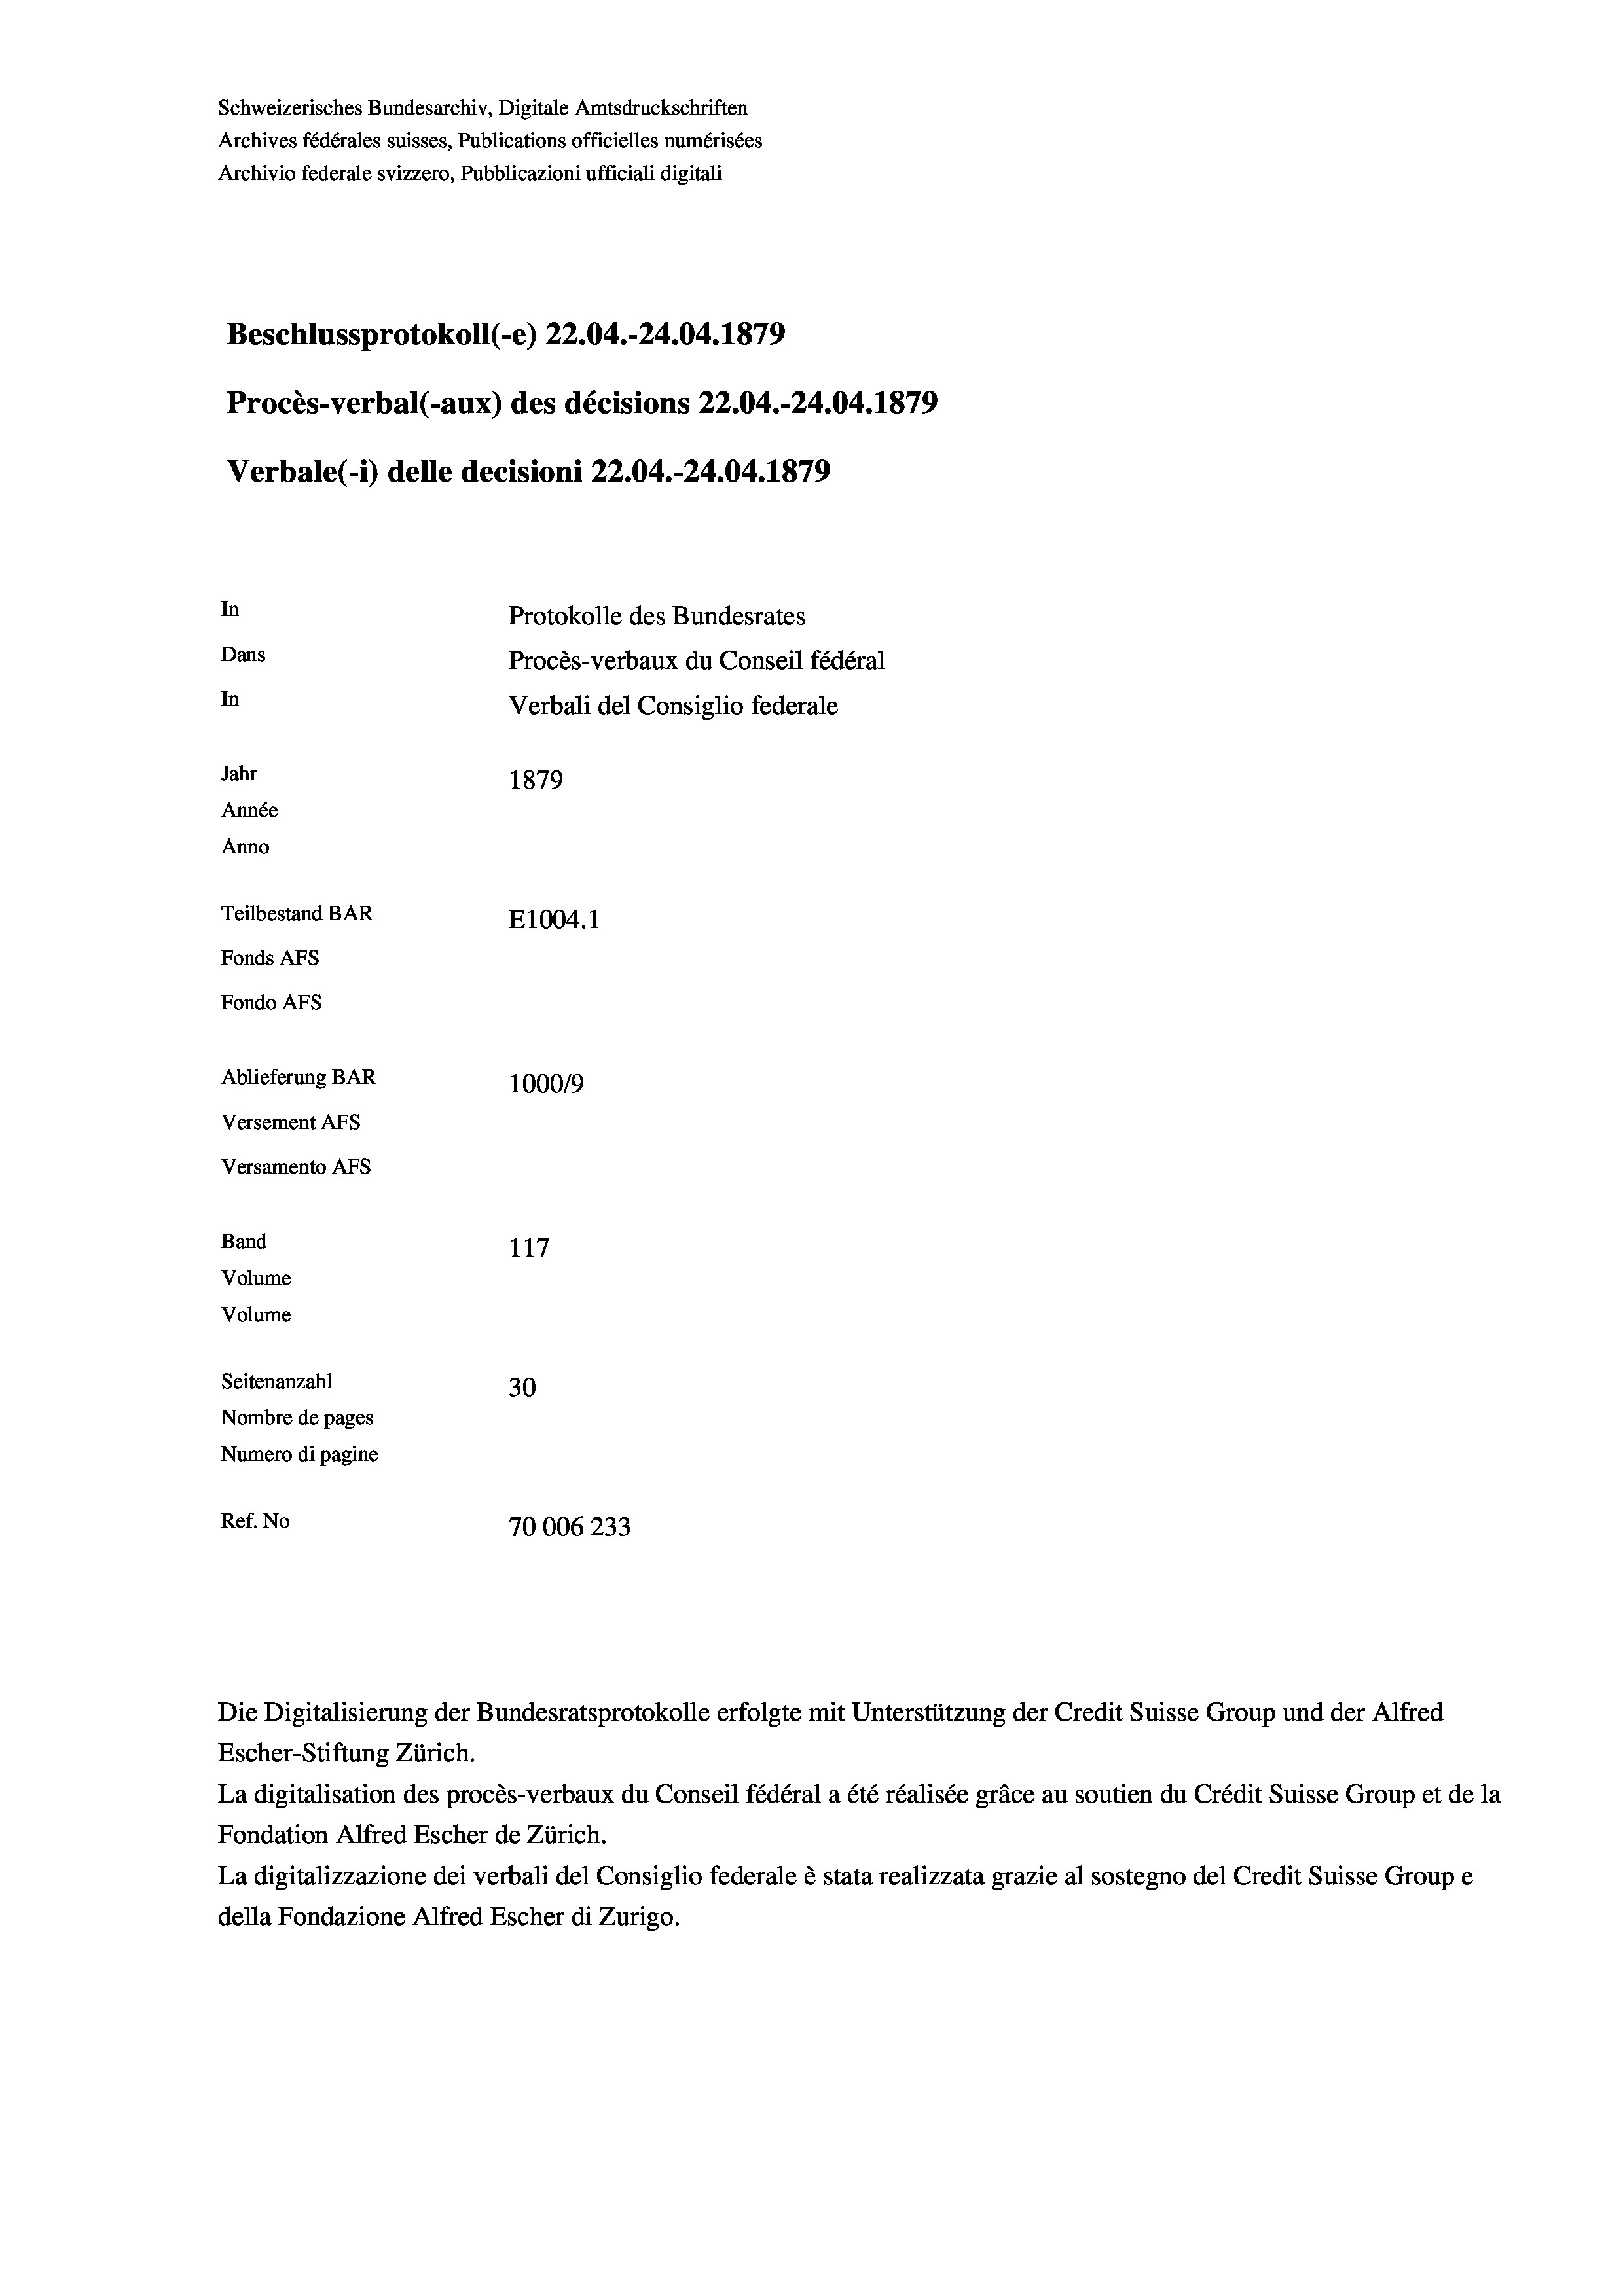
Schweizerisches Bundesarchiv, Digitale Amtsdruckschriften
Archives fédérales suisses, Publications officielles numérisées
Archivio federale svizzero, Pubblicazioni ufficiali digitali
Beschlussprotokoll (-e) 22.04.-24.04. 1879
Procès-verbal (-aux) des décisions 22.04.-24.04. 1879
Verbale (1) delle decisioni 22.04.-24.04. 1879
In
Protokolle des Bundesrates
Dans
Procès-verbaux du Conseil fédéral
In
Verbali del Consiglio federale
Jahr
1879
Année
Anno
Teilbestand BAR
E1004.1
Fonds AFs
Fondo AFs
Ablieferung BAR
100019
Versement AFs
Versamento AFS
Band
117
Volume
Volume
Seitenanzahl
30
Nombre de pages
Numero di pagine
Ref. No
70006 233

Die Digitalisierung der Bundesratsprotokolle erfolgte mit Unterstützung der Credit Suisse Group und der Alfred
Escher-Stiftung Zürich.
La digitalisation des procès-verbaux du Conseil fédéral a été réalisée gräce au soutien du Crédit Suisse Group et de la
Fondation Alfred Escher de Zürich.
La digitalizzazione dei verbali del Consiglio federale è stata realizzata grazie al sostegno del Credit Suisse Groupe
della Fondazione Alfred Escher di Zurigo.